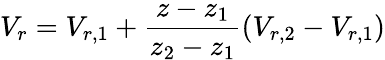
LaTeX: V_{r}=V_{r,1}+\frac{z-z_{1}}{z_{2}-z_{1}}\left(V_{r,2}-V_{r,1}\right)